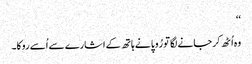
‘‘
وہ اُٹھ کر جانے لگا تو رُوپا نے ہاتھ کے اشارے سے اُسے روکا۔